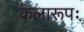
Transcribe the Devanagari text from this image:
कलारूपः